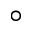
^ { \circ }